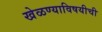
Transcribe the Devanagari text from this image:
खेळण्याविषयीची